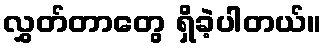
လွှတ်တာတွေ ရှိခဲ့ပါတယ်။